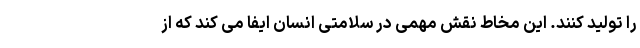
را تولید کنند. این مخاط نقش مهمی در سلامتی انسان ایفا می کند که از